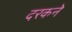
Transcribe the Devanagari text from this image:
दरकने